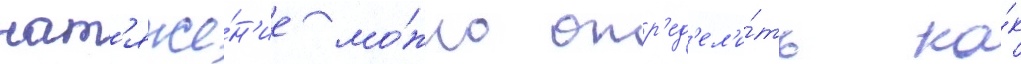
нат'яже́н'ие мо́жно опр'ед'ел'и́ть ка́к